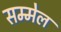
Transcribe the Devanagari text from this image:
सम्‍मेल